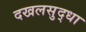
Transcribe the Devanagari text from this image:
दखलसुद्धा